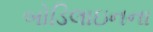
બોડિલાઇનના